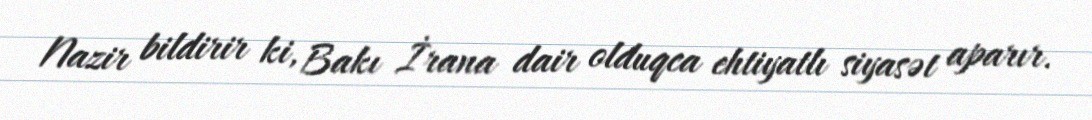
Nazir bildirir ki, Bakı İrana dair olduqca ehtiyatlı siyasət aparır.